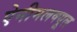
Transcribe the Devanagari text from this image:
ऐनीमलक्यूल